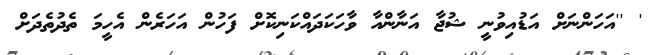
' ''އަހަންނަށް އަޑުއިވުނީ ޝުޖާ އަނާންއާ ވާހަކަދައްކަނިކޮށް ފަހުން އަހަރެން އެހީމަ ތެެދުތެދަށް